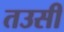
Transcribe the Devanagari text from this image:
तउसी